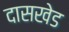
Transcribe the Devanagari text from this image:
दासखेड